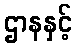
ဌာနနှင့်